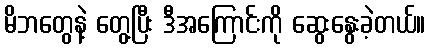
မိဘတွေနဲ့ တွေ့ပြီး ဒီအကြောင်းကို ဆွေးနွေးခဲ့တယ်။